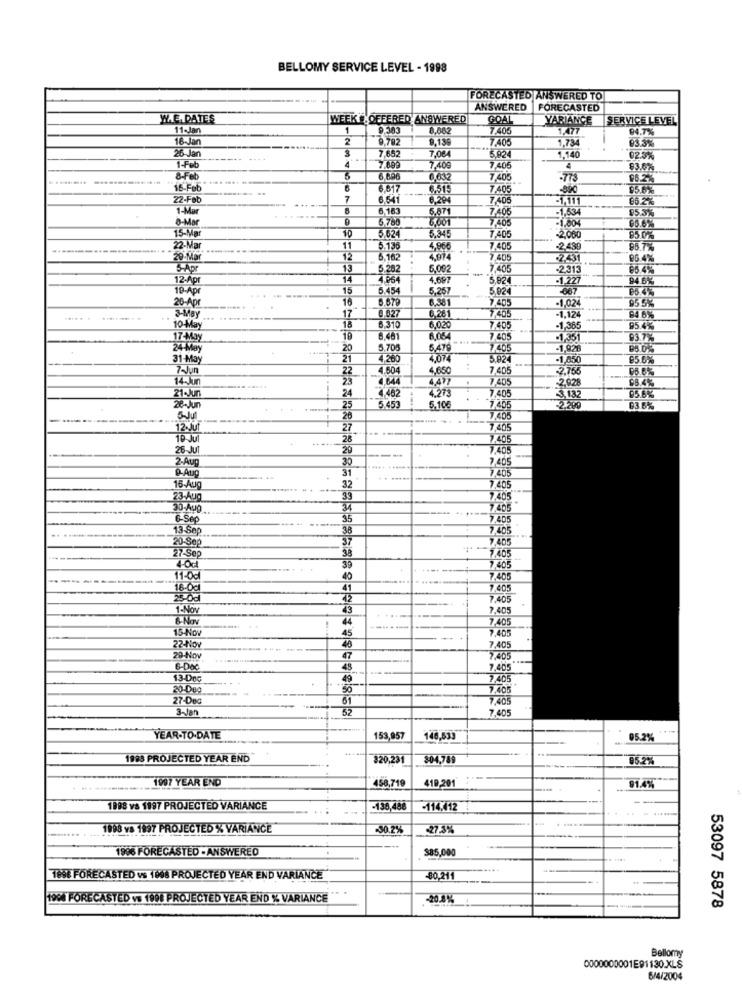
BELLOMY SERVICE LEVEL - 1998
FORECASTED ANSWERED TO
ANSWERED
FORECASTED
W.E. DATES
WEEK # OFFERED ANSWERED
GOAL
YARIANCE
SERVICE LEVEL
11-Jan
1
9.303
7.405
1,477
94.7%
18-Jan
2
9.782
9.139
7.405
1,734
3
93.3%
26 Jan
7.652
7,084
5,024
1,140
023%
1-Feb
4
7,409
7405
93.6%
8-Feb
6,032
7,405
-77S
96.2
16-Feb
6,617
6,515
7.405
95.6%
22-Feb
7
6.64
6.294
7,406
-1,111
80.2%
1-Mar
6,183
-1,634
95.3%
8-Mar
6.780
6,871
7.406
-1.80%
15-Mar
7,40€
05.6%
10
5.624
5.345
7405
-2060
85.0%
22-Mar
11
5.130
4,966
7,405
-2.439
98.7%
29-Mo
5,162
4,974
7405
2.431
96.4%
5-Apr
13
5.28
5,09
-
7,405
-2,313
95.45%
12.Apr
14
1.964
4.697
5,824
-1,227
94 6%
19-Apr
15
5.45
5,257
5,024
-007
20-Apr
10
6.679
6.381
-1,024
3-May
.
0 027
0,26
7/405
955%
17
-1,124
84 6%
10 May
18
6.310
6,020
7.05
1,365
95.4%
17-May
19
8,401
8,06
405
1,351
93.7%
24 May
20
5.705
5,479
X495
-1,926
31-May
21
4.260
4,07
5.924
-1,850
85.6%
7-Jun
4.604
4,65
7405
-2.755
14-Jun
22
405
-2,928
21-Jun
24
7,482
98.4%
7.273
.7,405
3.132
28-Jun
25
5.453
5.10€
205
03 6%
5-Jul
20
7,408
2-Jut
27
7.405
19 Jul
28
/405
25 Jul
20
405
2-Aug
30
.
405
9-Aug
31
15.Aug
32
23.Aug
33
7.4
31
7.405
35
7405
13-Sep
38
7,405
20-Sep
37
7.405
27-Sep
38
40d
7405
11-0c
40
7.405
8-0cl
41
7.405
12
7.405
1-Nov
43
2.405
44
.....
7.405
15 Nov
45
-----
7.405
22-Nov
7,405
29 Nov
47
2405
6-Dec
43
7,405
13-Dec
49
7.405
20-De
2.405
27-Deg
61
7.405
3-Jan
52
7.405
YEAR-TO-DATE
153,957
146,533
05.2%
1983 PROJECTED YEAR END
320,231
804,789
95.2%
1997 YEAR END
458,719
419,201
81.4%%
1998 vs 1997 PROJECTED VARIANCE
-138,488
-114.412
1998 va 1997 PROJECTED % VARIANCE
-30.2%
-27:34
1996 FORECASTED - ANSWERED
$85,000
169€ FORECASTED vs 1998 PROJECTED YEAR END VARIANCE
-80.211
1994 FORECASTED vs 1998 PROJECTED YEAR END % VARIANCE
-20.8%
53097 5878
Bellomy
0000000001E91130.XLS
6/4/2004